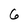
Character: 6